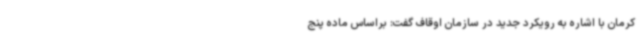
کرمان با اشاره به رویکرد جدید در سازمان اوقاف گفت: براساس ماده پنج